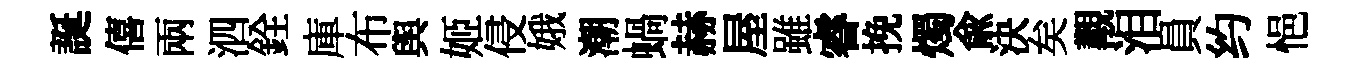
誕僖兩泗銓庫布舆姬侵娥潮蝸赫屋雖睿挽燭俞決矣覯泪員约悒